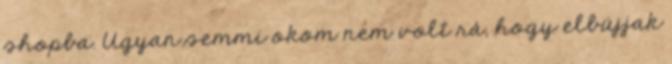
shopba. Ugyan semmi okom nem volt rá, hogy elbújjak